Trukikaitis_Postimees, lk 187
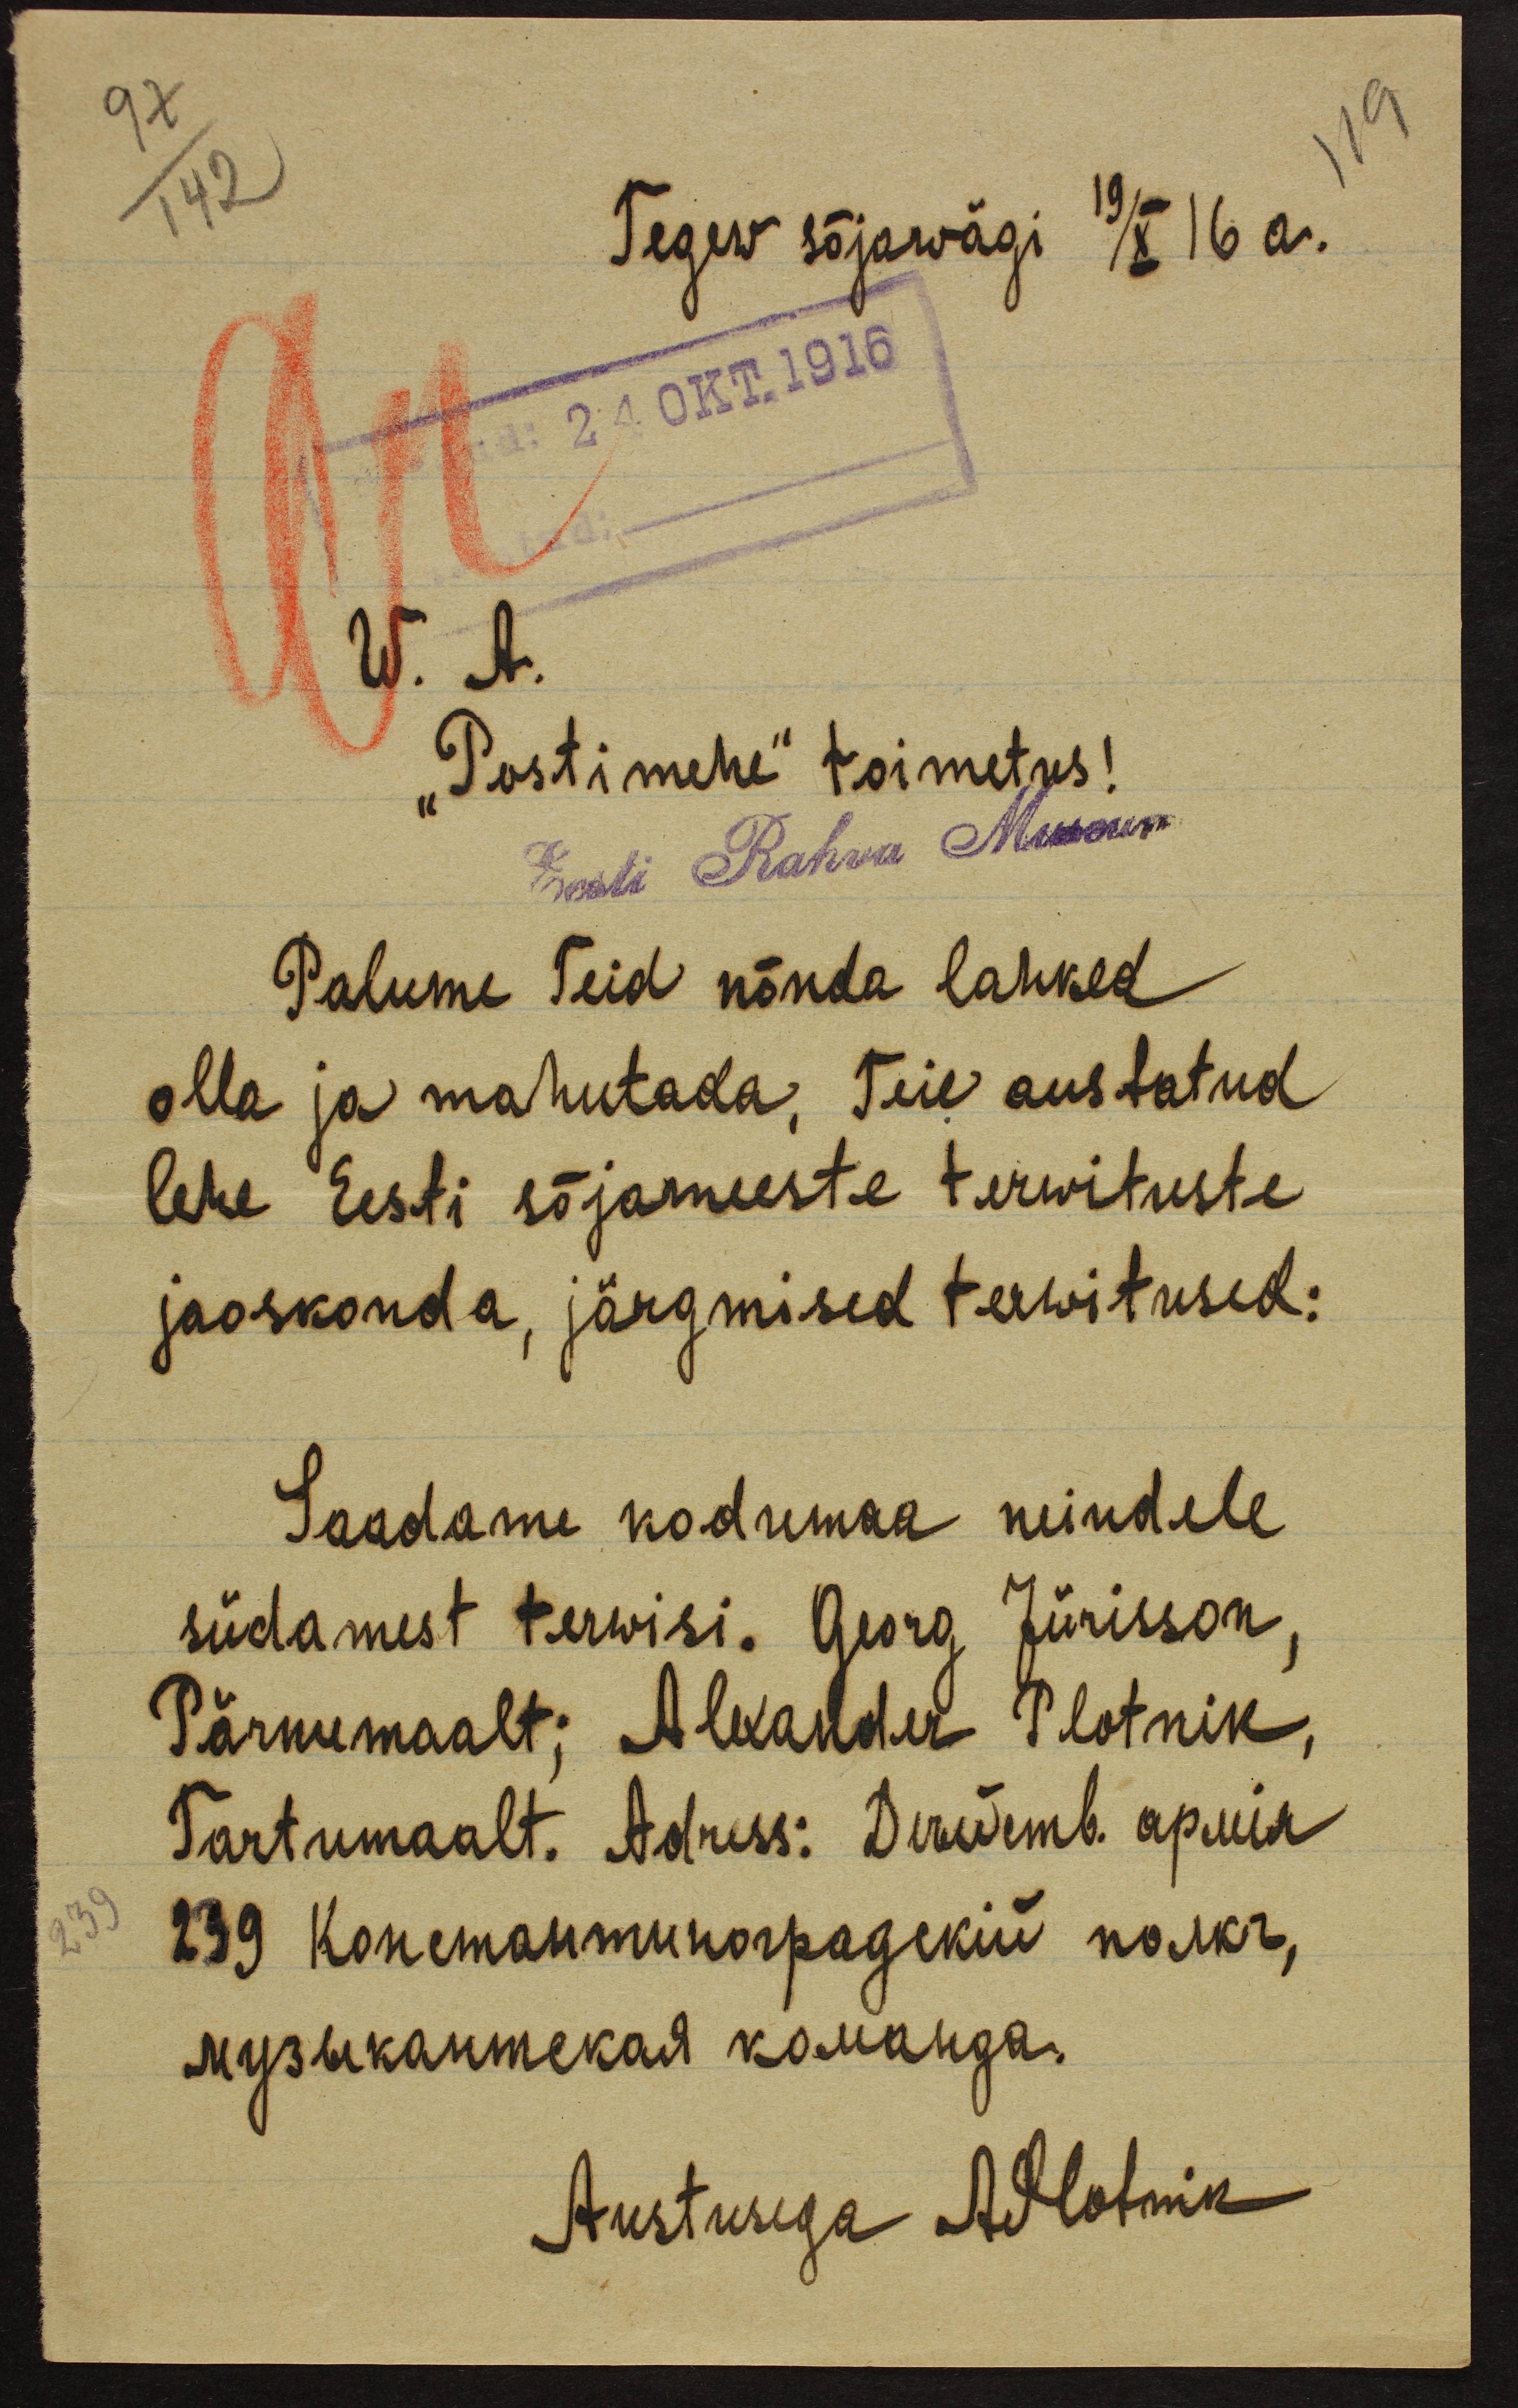
97
142
119
Tegew sõjawägi 19/X 16 a.
ud: 24 OKT.1916
W. A.
"Postimehe" toimetus!
Eesti Rahva Museum
Palume Teid nõnda lahked
olla ja mahutada, Teie austatud
lehe Eesti sõjameeste terwituste
jaoskonda, järgmised terwitused:
Saadame kodumaa neiudele
südamest terwisi. Georg Jürisson,
Pärnumaalt; Alexander Plotnik,
Tartumaalt. Adress: Darvemb. apnik
Austusega APlotnik

239